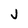
Character: j